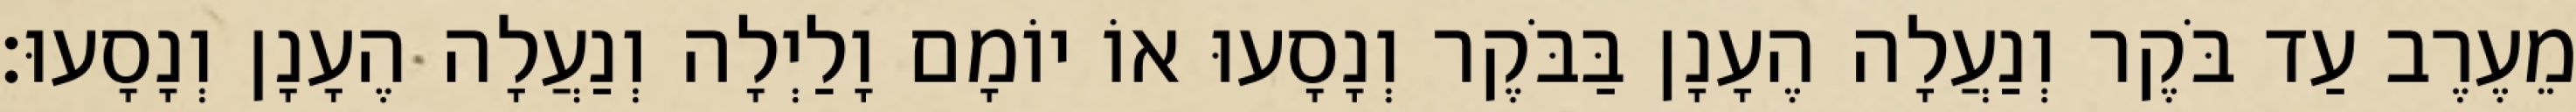
מֵעֶרֶב עַד בֹּקֶר וְנַעֲלָה הֶעָנָן בַּבֹּקֶר וְנָסָעוּ אוֹ יוֹמָם וָלַיְלָה וְנַעֲלָה הֶעָנָן וְנָסָעוּ׃